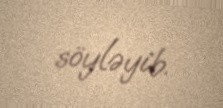
söyləyib.